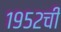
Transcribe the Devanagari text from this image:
१९५२ची